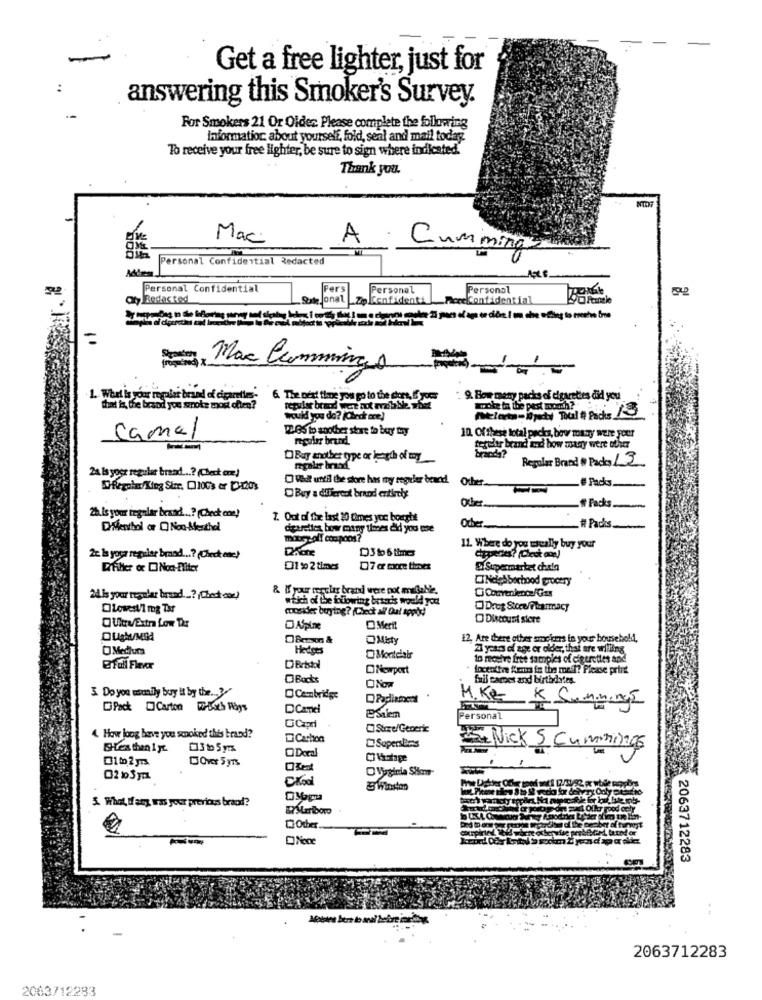
Get a free lighter, just for
answering this Smoker's Survey.
For Smokers 21 Or Older. Please complete the following
information about yourself, fold, seal and mail today.
To receive your free lighter, be sure to sign where indicated.
Thank you.
Mac.
A
Personal Confidential Redacted
Cummings
Personal Confidential
Personal
Personal
og Redacted
To confidenti
PercConfidential
Mac Cumming o
1. Whel is your regalar brand of cigarettes- 6. The next time you go to the dors, 6 your
9. How many packs of cigarettes did you
That is the brand you smoke most often?
mote t te pest mo
Would you do? (Check one)
17.65 to another store to bury try
Camel
regular brand
10. Of these letal packa, how many were your
teruhr brand and how many were other
Buy another type or length of my
brands?
Regular Brand # Packs 15
24 Is yoor regular braad ...? (Check one)
O Vad until the store has ny reguler benedi
Ofer
# Packs ..
Buy a diliercot brand entirety
Facts
2h ls your regular brand ...? (Check one)
7. Out of the last 10 times you bought
DMenthol or ONco-Menthal
dieweltes how many times did you use
Other
_# Packs
mobez off conpons?
11. Where do you mreally buy your
Cipperes? (Check on:)
22 Is youa regalar brand ...? (Check one)
ErFiller or Non-Filter
C1 % 2 times
7 or more thenet
@ Supermarket chain
DINdes bochood grocery
& # your regular brani were not malale,
2.is your regular brand ...? (Check cor)
which of the intiowing brandis would you
Lowest/1 mg Tar
consider buying? (Check all' Dal appid
Drug Store/Plasmacy
O Disecust store
DASpine
Merit
12. Are there other smokers in your household,
O Medlucs
Hedges
2 years of age or older, theim
Montelair
to receive free samples of cigarettes and
Ofall Fleer
DBristol
Newport
foceoltre Kun in the med? Please print
Boots
fail campes and birthdries.
3. Do you wemily buy it by the ... 3.
Cambridge
MIKE & Sunning5
Pack Carton F-both Flags
DCamel
ESilem
Personal
OCapri
4 How jong have you smoked this brand?
Carhco
SHLes then 1 yc.
3 to 5 yrs
SupersBas
5. Nick S Cummings
1 to 2 yrs
DOvr Syns
OZent
CKool
- Winston
5. What, If any, mas your previous braod?
Marlboro
2063712283
2063712283
2063712283